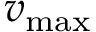
v _ { \mathrm { m a x } }